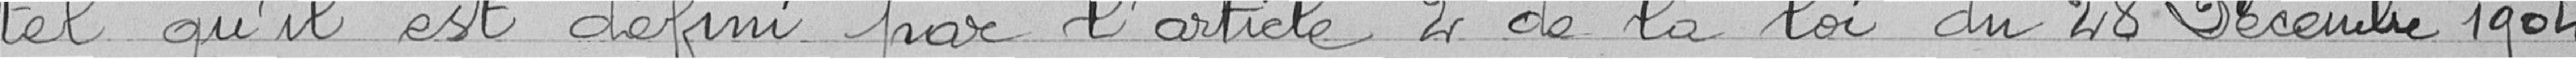
tel qu'il est défini par l'article 2 de la loi du 28 Décembre 1904.